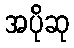
အပိုဆု